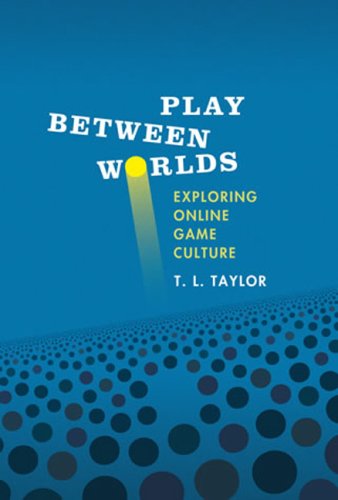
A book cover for Play Between Worlds: Exploring Online Game Culture; T. L. Taylor; Computers & Technology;